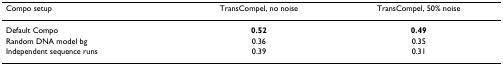
| Compo setup | TransCompel, no noise | TransCompel, 50% noise |
 | --- | --- | --- |
 | Default Compo | 0.52 | 0.49 |
 | Random DNA model bg | 0.36 | 0.35 |
 | Independent sequence runs | 0.39 | 0.31 |